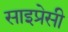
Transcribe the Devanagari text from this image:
साइप्रेसी